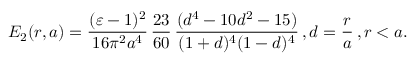
E _ { 2 } ( r , a ) = \frac { ( \varepsilon - 1 ) ^ { 2 } } { 1 6 \pi ^ { 2 } a ^ { 4 } } \, \frac { 2 3 } { 6 0 } \, \frac { ( d ^ { 4 } - 1 0 d ^ { 2 } - 1 5 ) } { ( 1 + d ) ^ { 4 } ( 1 - d ) ^ { 4 } } \, , d = \frac { r } { a } \, , r < a .